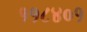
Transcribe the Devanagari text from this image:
११८४०१